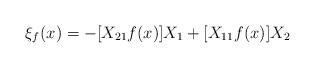
LaTeX: \begin{align*}\xi_f(x)=-[X_{21}f(x)]X_1+[X_{11}f(x)]X_2\end{align*}